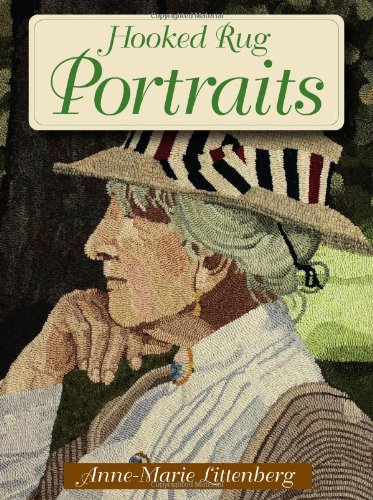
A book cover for Hooked Rug Portraits (Rug Hooking); Anne-Marie Littenberg; Crafts, Hobbies & Home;